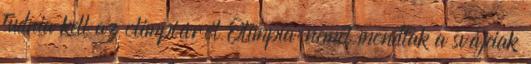
tudnia kell az olimpiáról Olimpia: nemet mondtak a svájciak